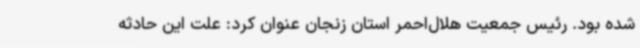
شده بود. رئیس جمعیت هلال‌احمر استان زنجان عنوان کرد: علت این حادثه